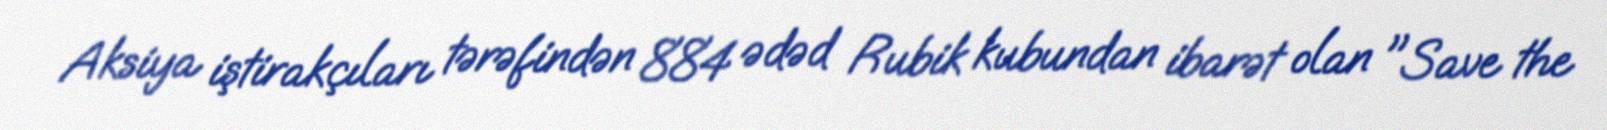
Aksiya iştirakçıları tərəfindən 884 ədəd Rubik kubundan ibarət olan "Save the